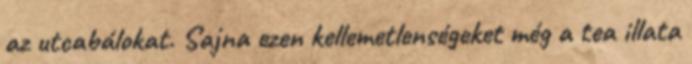
az utcabálokat. Sajna ezen kellemetlenségeket még a tea illata